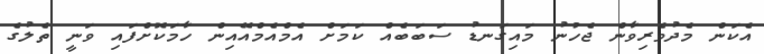
އެކަން މެދުވެރިވާން ޖެހުނު މައިގަނޑު ސަބަބެއް ކަމަށް އެމްއެމްއޭއިން ހާމަކޮށްފައި ވަނީ ތެލުގެ